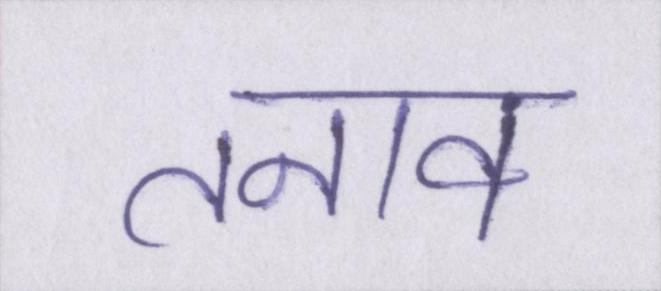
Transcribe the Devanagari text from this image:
तनाव